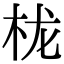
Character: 栊